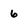
Character: 6